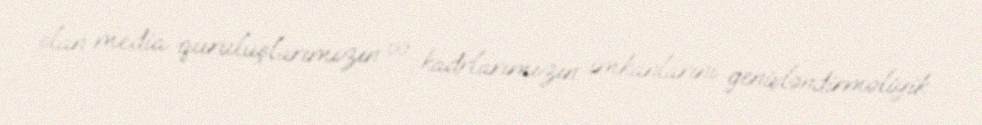
olan media quruluşlarımızın və kadrlarımızın imkanlarını genişləndirməliyik.